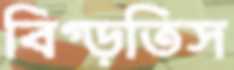
বিগ্‌ড়তিস